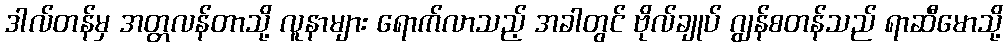
ဒါလ်တန်မှ အတ္တလန်တာသို့ လူနာများ ရောက်လာသည့် အခါတွင် ဗိုလ်ချုပ် ဂျွန်စတန်သည် ရာဆီမောသို့